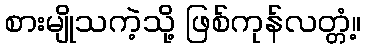
စားမျိုသကဲ့သို့ ဖြစ်ကုန်လတ္တံ့။